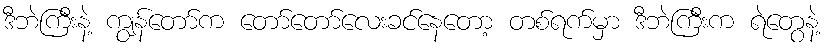
ဒီဘဲကြီးနဲ့ ကျွန်တော်က တော်တော်လေးခင်နေတော့ တစ်ရက်မှာ ဒီဘဲကြီးက ရဲတွေနဲ့